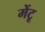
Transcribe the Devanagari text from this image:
मेंटू